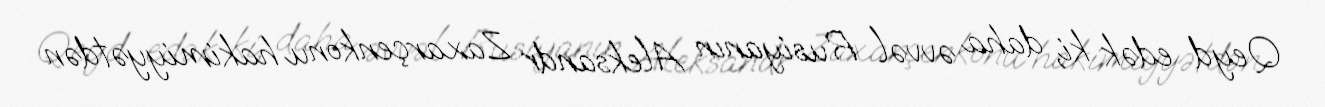
Qeyd edək ki, daha əvvəl Rusiyanın Aleksandr Zaxarçenkonu hakimiyyətdən